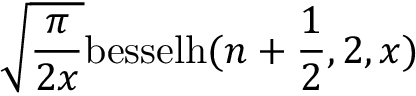
\sqrt { \frac { \pi } { 2 x } } \mathrm { b e s s e l h } ( n + \frac { 1 } { 2 } , 2 , x )